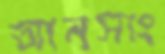
আনসাং